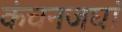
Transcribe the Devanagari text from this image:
कंचनजघां